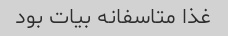
غذا متاسفانه بیات بود